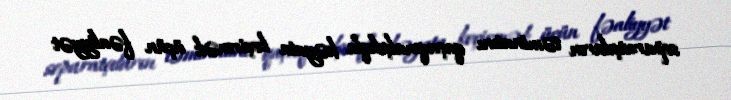
separatçıların təminatını qaçaqmalçılıqla həyata keçirmək üçün fəaliyyət